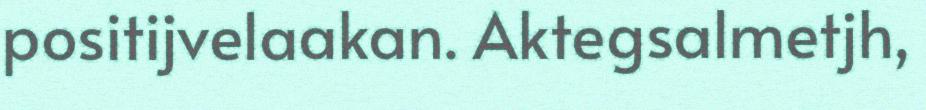
positijvelaakan. Aktegsalmetjh,